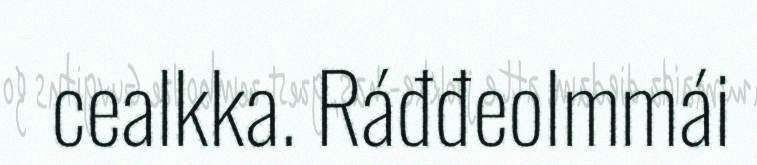
cealkka. Ráđđeolmmái